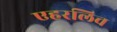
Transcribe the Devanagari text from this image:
एहरलिच